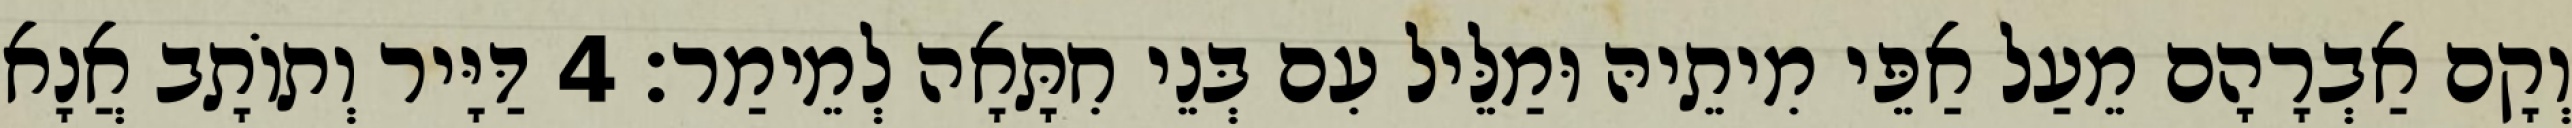
וְקָם אַבְרָהָם מֵעַל אַפֵּי מִיתֵיהּ וּמַלֵּיל עִם בְּנֵי חִתָּאָה לְמֵימַר׃ 4 דַּיָּיר וְתוֹתָב אֲנָא